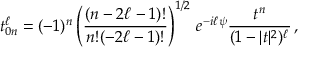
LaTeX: t _ { 0 n } ^ { \ell } = ( - 1 ) ^ { n } \left( \frac { ( n - 2 \ell - 1 ) ! } { n ! { ( - 2 \ell - 1 ) ! } } \right) ^ { 1 / 2 } \, e ^ { - i \ell \psi } \frac { t ^ { n } } { ( 1 - | t | ^ { 2 } ) ^ { \ell } } \, ,